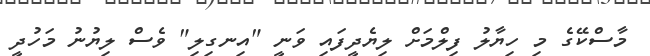
މާސްކޭގެ މި ހިޔާލު ފިލްމަށް ލިޔެދީފައި ވަނީ "އިނގިލި" ވެސް ލިޔުނު މަހުދީ